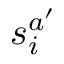
s _ { i } ^ { a ^ { \prime } }